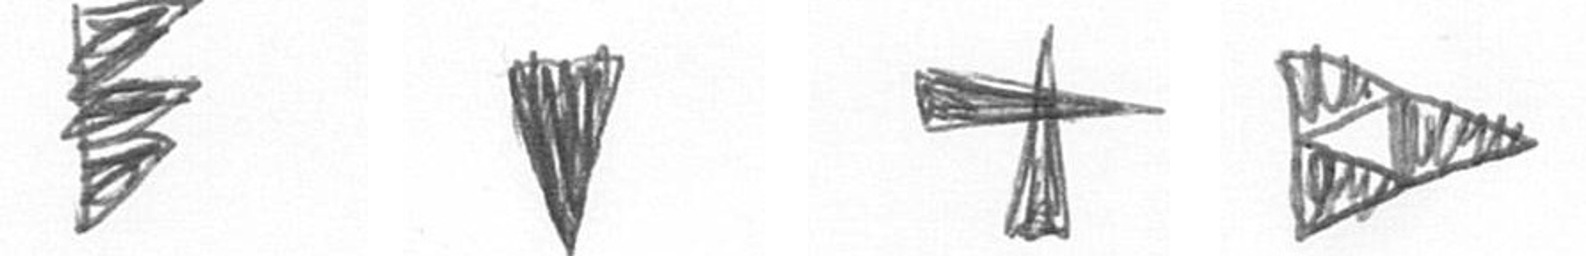
H J G K